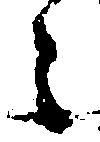
之